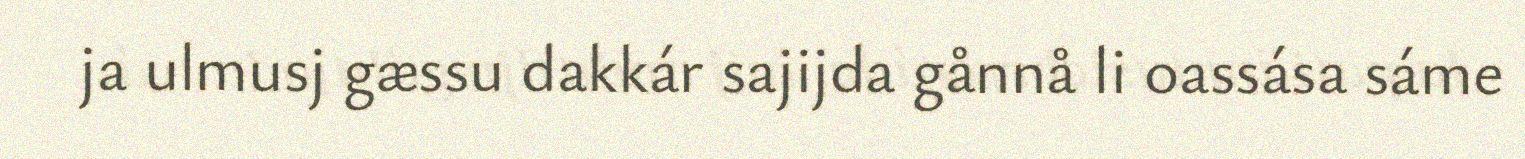
ja ulmusj gæssu dakkár sajijda gånnå li oassása sáme